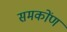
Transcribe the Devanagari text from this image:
समकोंण